Indian journal of veterinary science and animal husbandry - Volume 10,
Year: 1940
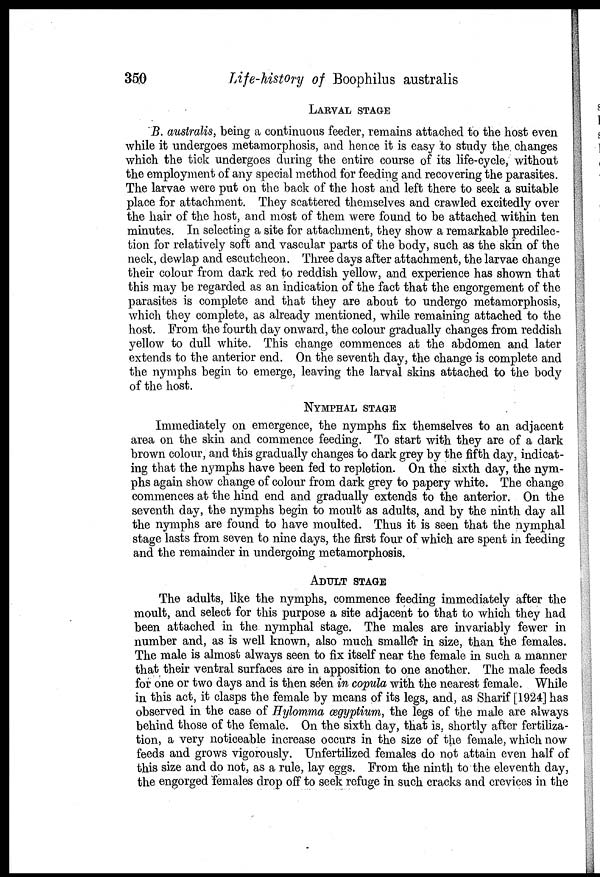
350
Life-history
of Boophilus australis
LARVAL STAGE
B. australis, being a continuous feeder, remains attached to the host even
while it undergoes metamorphosis, and hence it is easy to study the changes
which the tick undergoes during the entire course of its life-cycle, without
the employment of any special method for feeding and recovering the parasites.
The larvae were put on the back of the host and left there to seek a suitable
place for attachment. They scattered themselves and crawled excitedly over
the hair of the host, and most of them were found to be attached within ten
minutes. In selecting a site for attachment, they show a remarkable predilec-
tion for relatively soft and vascular parts of the body, such as the skin of the
neck, dewlap and escutcheon. Three days after attachment, the larvae change
their colour from dark red to reddish yellow, and experience has shown that
this may be regarded as an indication of the fact that the engorgement of the
parasites is complete and that they are about to undergo metamorphosis,
which they complete, as already mentioned, while remaining attached to the
host. From the fourth day onward, the colour gradually changes from reddish
yellow to dull white. This change commences at the abdomen and later
extends to the anterior end. On the seventh day, the change is complete and
the nymphs begin to emerge, leaving the larval skins attached to the body
of the host.
NYMPHAL STAGE
Immediately on emergence, the nymphs fix themselves to an adjacent
area on the skin and commence feeding. To start with they are of a dark
brown colour, and this gradually changes to dark grey by the fifth day, indicat-
ing that the nymphs have been fed to repletion. On the sixth day, the nym-
phs again show change of colour from dark grey to papery white. The change
commences at the hind end and gradually extends to the anterior. On the
seventh day, the nymphs begin to moult as adults, and by the ninth day all
the nymphs are found to have moulted. Thus it is seen that the nymphal
stage lasts from seven to nine days, the first four of which are spent in feeding
and the remainder in undergoing metamorphosis.
ADULT STAGE
The adults, like the nymphs, commence feeding immediately after the
moult, and select for this purpose a site adjacent to that to which they had
been attached in the nymphal stage. The males are invariably fewer in
number and, as is well known, also much smaller in size, than the females.
The male is almost always seen to fix itself near the female in such a manner
that their ventral surfaces are in apposition to one another. The male feeds
for one or two days and is then seen in copula with the nearest female. While
in this act, it clasps the female by means of its legs, and, as Sharif [1924] has
observed in the case of Hylomma ægyptium, the legs of the male are always
behind those of the female. On the sixth day, that is, shortly after fertiliza-
tion, a very noticeable increase occurs in the size of the female, which now
feeds and grows vigorously. Unfertilized females do not attain even half of
this size and do not, as a rule, lay eggs. From the ninth to the eleventh day,
the engorged females drop off to seek refuge in such cracks and crevices in the